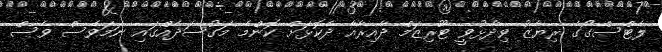
ލެޓްސްގޯގެ ރިޔާޒު ވިދާޅުވީ ޓޫރިޒަމް ދާއިރާއާ ދެކޮޅަށް ކޮންމެ މަގުސަދެއްގައި ނަމަވެސް ވެސް